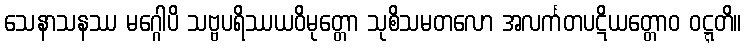
သေနာသနဿ မဂ္ဂေါပိ သဗ္ဗပရိဿယဝိမုတ္တော သုစိသမတလော အလင်္ကတပဋိယတ္တောဝ ဝဋ္ဋတိ။